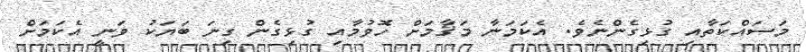
މަސައްކަތާއި ގުޅިގެންނެވެ. އެކަމަނާ މަޤާމަށް ހޮވުމާއި ގުޅިގެން ގިނަ ބަޔަކު ވަނީ އެކަމަށް